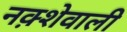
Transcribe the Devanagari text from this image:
नक़्शेवाली